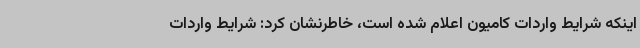
اینکه شرایط واردات کامیون اعلام شده است، خاطرنشان کرد: شرایط واردات